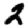
Digit: 2